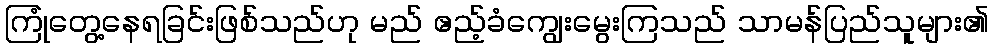
ကြုံတွေ့နေရခြင်းဖြစ်သည်ဟု မည် ဧည့်ခံကျွေးမွေးကြသည် သာမန်ပြည်သူများ၏